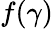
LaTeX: f(\gamma)